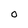
Character: o